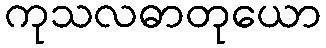
ကုသလဓာတုယော